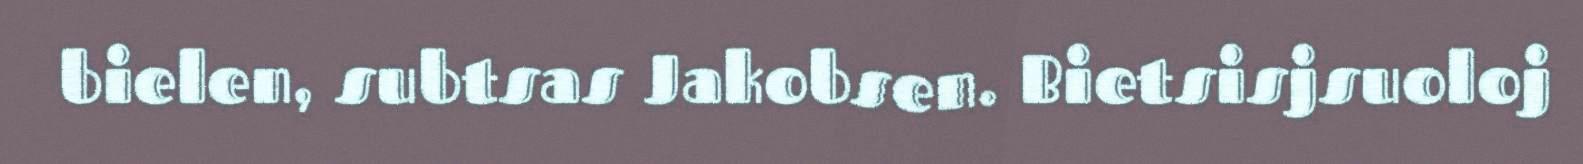
bielen, subtsas Jakobsen. Bietsisjsuoloj